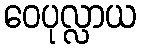
ဝေပုလ္လာယ